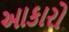
આકારો